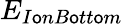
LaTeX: E_{I\mathsf{o}nB\mathsf{o}tt\mathsf{o}m}